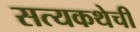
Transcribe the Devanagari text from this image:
सत्यकथेची